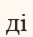
ді